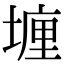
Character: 𡏂